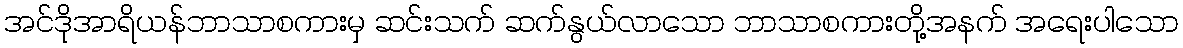
အင်ဒိုအာရိယန်ဘာသာစကားမှ ဆင်းသက် ဆက်နွယ်လာသော ဘာသာစကားတို့အနက် အရေးပါသော